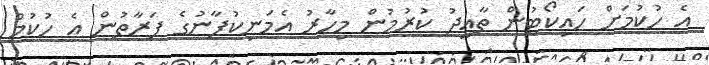
އެ ހުކުމަށް ހައިކޯޓުން ތާއީދު ކުރުމުން މިހާރު އެމަނިކުފާނުގެ ފަރާތުން އެ ހުކުމް